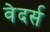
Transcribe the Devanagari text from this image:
वेदर्स